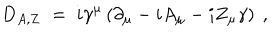
D _ { A , Z } \; = \; i \gamma ^ { \mu } \left( \partial _ { \mu } - i A _ { \mu } - i Z _ { \mu } \gamma \right) ~ ,